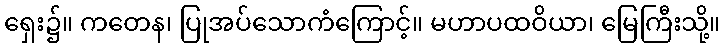
ရှေး၌။ ကတေန၊ ပြုအပ်သောကံကြောင့်။ မဟာပထဝိယာ၊ မြေကြီးသို့။